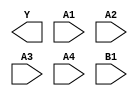
module sky130_fd_sc_hd__o41ai (
    Y ,
    A1,
    A2,
    A3,
    A4,
    B1
);

    output Y ;
    input  A1;
    input  A2;
    input  A3;
    input  A4;
    input  B1;

    // Voltage supply signals
    supply1 VPWR;
    supply0 VGND;
    supply1 VPB ;
    supply0 VNB ;

endmodule